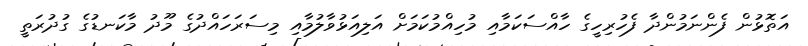
އަތޮޅުން ފެންނަމުންދާ ފެހުރިހީގެ ހާއްސަކަމާއި މުހިއްމުކަމަށް އަލިއަޅުވާލުމާއި މިސަރަހައްދުގެ މޫދު މާކަނޑުގެ ގުދުރަތީ